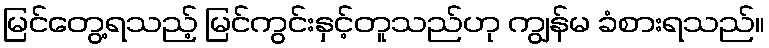
မြင်တွေ့ရသည့် မြင်ကွင်းနှင့်တူသည်ဟု ကျွန်မ ခံစားရသည်။